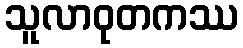
သူလာဝုတကဿ